Vaccine operations Central Provinces & Berar 1922-1929 - 1922-1929
Year: 1922
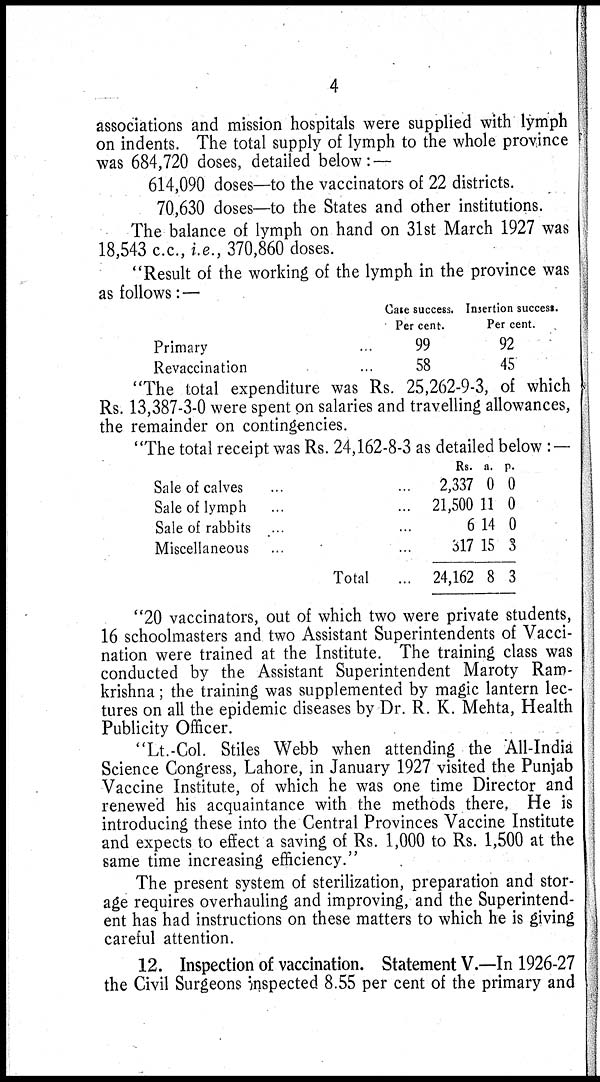
4
associations and mission hospitals were supplied with lymph
on indents. The total supply of lymph to the whole province
was 684,720 doses, detailed below: —
614,090 doses—to the vaccinators of 22 districts.
70,630 doses—to the States and other institutions.
The balance of lymph on hand on 31st March 1927 was
18,543 c.c., i.e., 370,860 doses.
"Result of the working of the lymph in the province was
as follows:—
Primary
Revaccination
Gate success.
Per cent.
99
58
Insertion success.
Per cent.
92
45
"The total expenditure was Rs. 25,262-9-3, of which
Rs. 13,387-3-0 were spent on salaries and travelling allowances,
the remainder on contingencies.
"The total receipt was Rs. 24,162-8-3 as detailed below :—-
Sale of calves
Sale of lymph
Sale of rabbits
Miscellaneous
Total
Rs.
2,337
21,500
6
317
24,162
a.
0
11
14
15
8
p.
0
0
0
3
3
"20 vaccinators, out of which two were private students,
16 schoolmasters and two Assistant Superintendents of Vacci-
nation were trained at the Institute. The training class was
conducted by the Assistant Superintendent Maroty Ram-
krishna; the training was supplemented by magic lantern lec-
tures on all the epidemic diseases by Dr. R. K. Mehta, Health
Publicity Officer.
"Lt.-Col. Stiles Webb when attending the All-India
Science Congress, Lahore, in January 1927 visited the Punjab
Vaccine Institute, of which he was one time Director and
renewed his acquaintance with the methods there, He is
introducing these into the Central Provinces Vaccine Institute
and expects to effect a saving of Rs. 1,000 to Rs. 1,500 at the
same time increasing efficiency."
The present system of sterilization, preparation and stor-
age requires overhauling and improving, and the Superintend-
ent has had instructions on these matters to which he is giving
careful attention.
12. Inspection of vaccination. Statement V.—In 1926-27
the Civil Surgeons inspected 8.55 per cent of the primary and